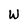
Character: W